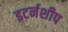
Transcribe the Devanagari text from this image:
इटर्नशीप